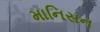
માનિસન